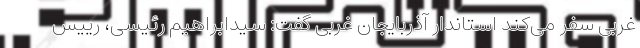
غربی سفر می‌کند استاندار آذربایجان غربی گفت: سیدابراهیم رئیسی، رییس